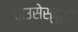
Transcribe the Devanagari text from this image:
चाउसेस्कुने